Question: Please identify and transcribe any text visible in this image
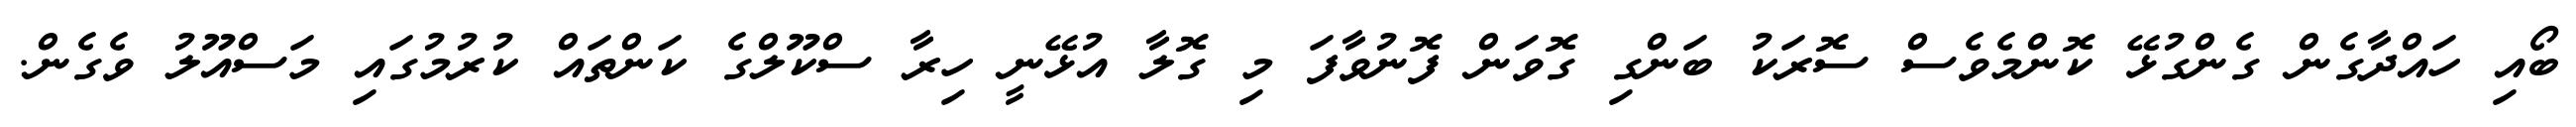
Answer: ބޯއި ހައްދާގެން ގެންގުޅޭ ކޮންމެވެސް ސޮރަކު ބަންގި ގޮވަން ފޮނުވާފަ މި ގޮލާ އުޅޭނީ ހިރާ ސްކޫލްގެ ކަންތައް ކުރުމުގައި މަސްއޫލު ވެގެން.